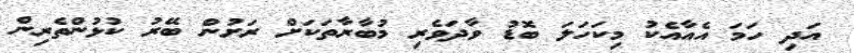
އަދި ހަމަ އެއާއެކު މިކަހަލަ ބޮޑު ވާދަވެރި މުބާރާތަކަށް ރަށުން ބޭރު ކުޅުންތެރިން